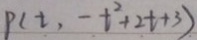
P ( t , - t ^ { 2 } + 2 t + 3 )